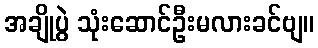
အချိုပွဲ သုံးဆောင်ဦးမလားခင်ဗျ။